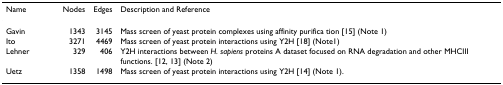
<table><thead><tr><td><b>Name</b></td><td><b>Nodes</b></td><td><b>Edges</b></td><td><b>Description and Reference</b></td></tr></thead><tbody><tr><td>Gavin</td><td>1343</td><td>3145</td><td>Mass screen of yeast protein complexes using affinity purifica tion [15] (Note 1)</td></tr><tr><td>Ito</td><td>3271</td><td>4469</td><td>Mass screen of yeast protein interactions using Y2H [18] (Note1)</td></tr><tr><td>Lehner</td><td>329</td><td>406</td><td>Y2H interactions between <i>H. sapiens </i>proteins A dataset focused on RNA degradation and other MHCIII functions. [12, 13] (Note 2)</td></tr><tr><td>Uetz</td><td>1358</td><td>1498</td><td>Mass screen of yeast protein interactions using Y2H [14] (Note 1).</td></tr></tbody></table>